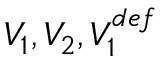
V _ { 1 } , V _ { 2 } , V _ { 1 } ^ { d e f }